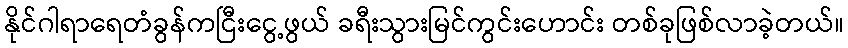
နိုင်ဂါရာရေတံခွန်ကငြီးငွေ့ဖွယ် ခရီးသွားမြင်ကွင်းဟောင်း တစ်ခုဖြစ်လာခဲ့တယ်။